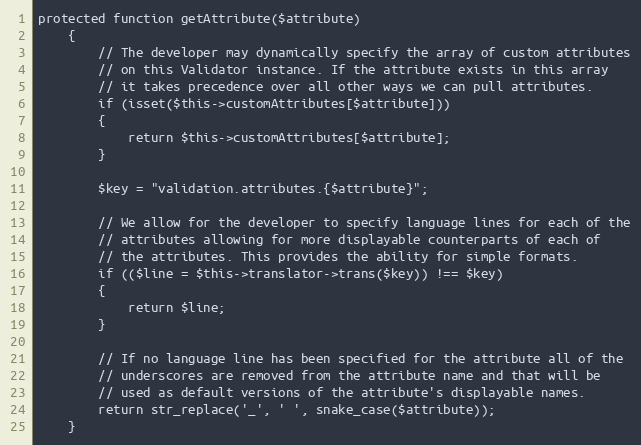
Language: PHP
protected function getAttribute($attribute)
	{
		// The developer may dynamically specify the array of custom attributes
		// on this Validator instance. If the attribute exists in this array
		// it takes precedence over all other ways we can pull attributes.
		if (isset($this->customAttributes[$attribute]))
		{
			return $this->customAttributes[$attribute];
		}

		$key = "validation.attributes.{$attribute}";

		// We allow for the developer to specify language lines for each of the
		// attributes allowing for more displayable counterparts of each of
		// the attributes. This provides the ability for simple formats.
		if (($line = $this->translator->trans($key)) !== $key)
		{
			return $line;
		}

		// If no language line has been specified for the attribute all of the
		// underscores are removed from the attribute name and that will be
		// used as default versions of the attribute's displayable names.
		return str_replace('_', ' ', snake_case($attribute));
	}